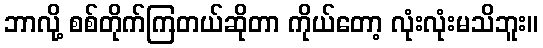
ဘာလို့ စစ်တိုက်ကြတယ်ဆိုတာ ကိုယ်တော့ လုံးလုံးမသိဘူး။